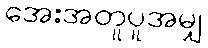
အေးအတူပူအမျှ